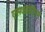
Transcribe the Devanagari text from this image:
एसआरटीएम